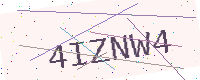
Text: 4IZNW4